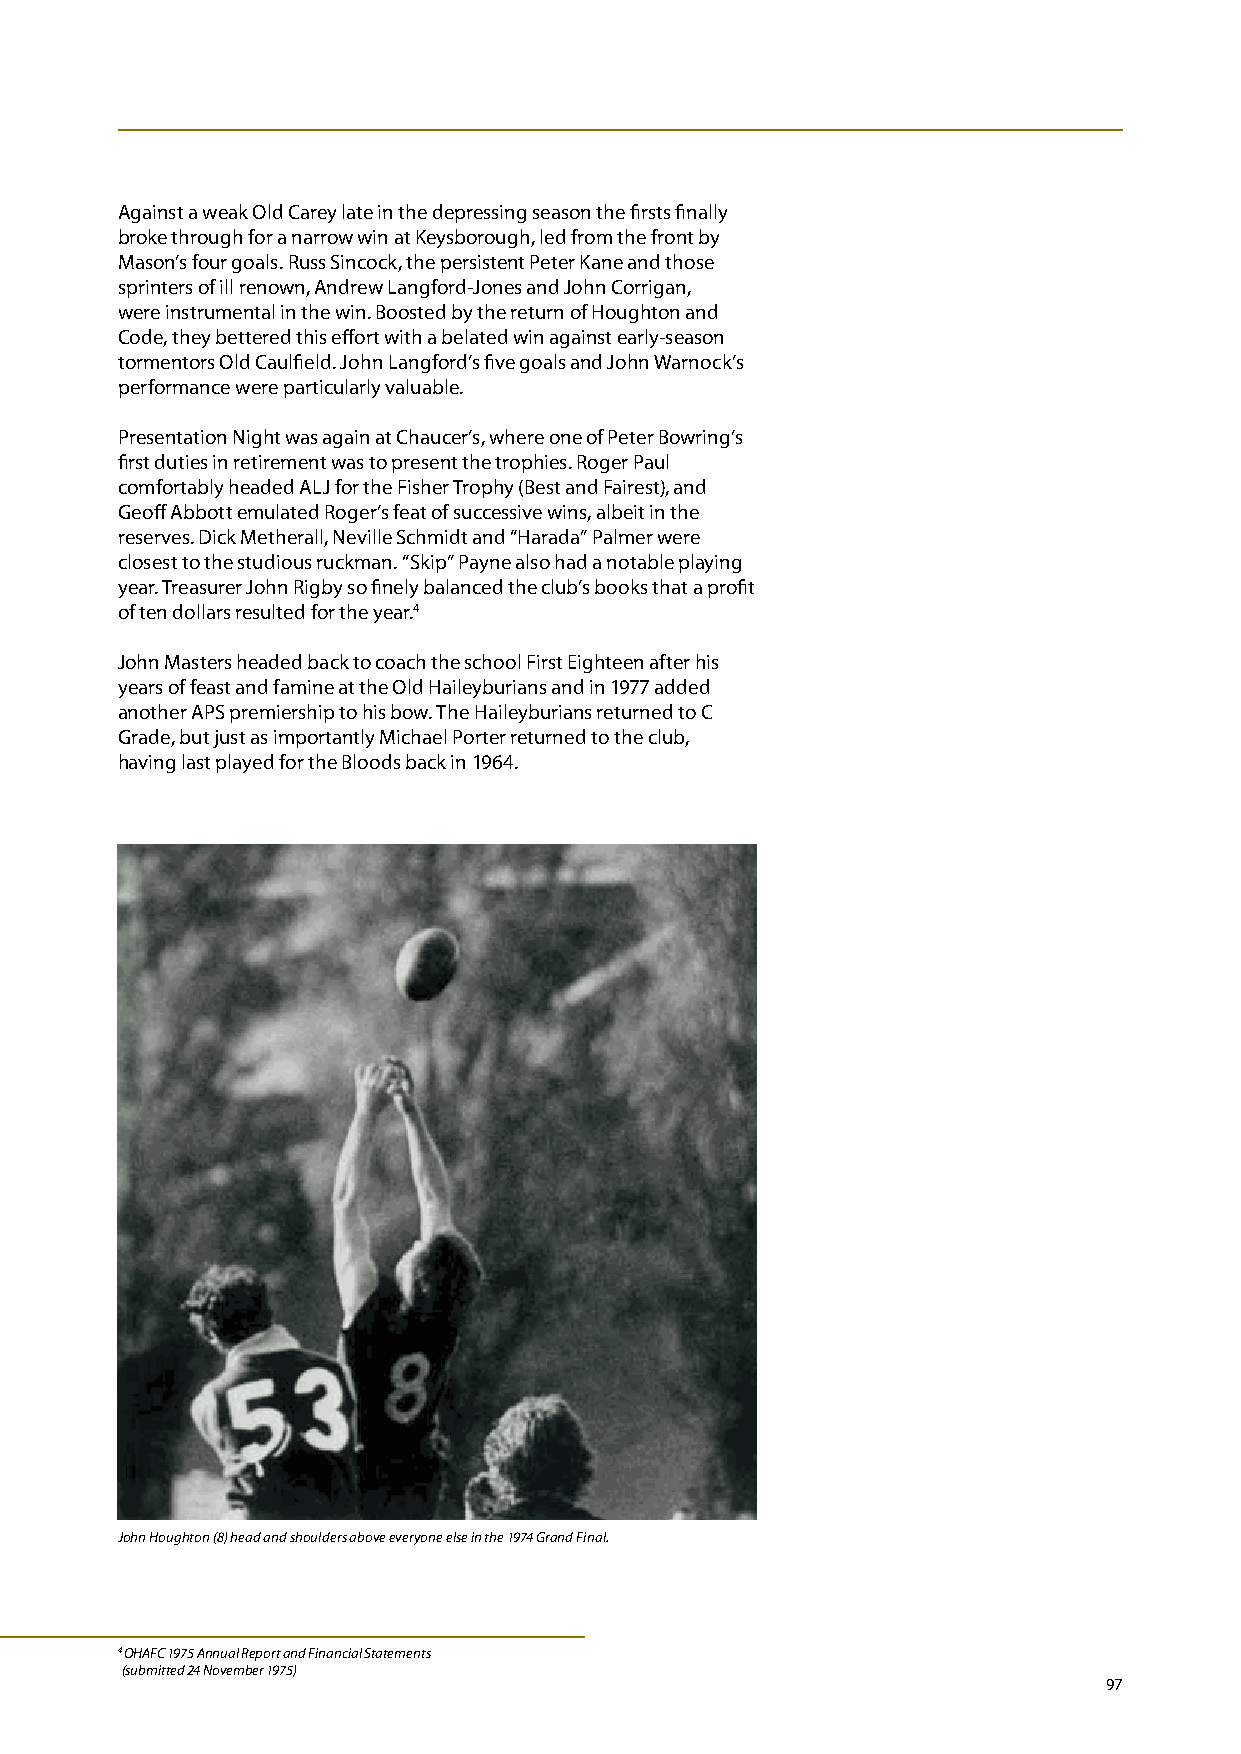
Against a weak Old Carey late in the depressing season the firsts finally
 broke through for a narrow win at Keysborough, led from the front by
 Mason’s four goals. Russ Sincock, the persistent Peter Kane and those
 sprinters of ill renown, Andrew Langford-Jones and John Corrigan,
 were instrumental in the win. Boosted by the return of Houghton and
 Code, they bettered this effort with a belated win against early-season
 tormentors Old Caulfield. John Langford’s five goals and John Warnock’s
 performance were particularly valuable.
 Presentation Night was again at Chaucer’s, where one of Peter Bowring’s
 first duties in retirement was to present the trophies. Roger Paul
 comfortably headed ALJ for the Fisher Trophy (Best and Fairest), and
 Geoff Abbott emulated Roger’s feat of successive wins, albeit in the
 reserves. Dick Metherall, Neville Schmidt and “Harada” Palmer were
 closest to the studious ruckman. “Skip” Payne also had a notable playing
 year. Treasurer John Rigby so finely balanced the club’s books that a profit
 of ten dollars resulted for the year.4
 John Masters headed back to coach the school First Eighteen after his
 years of feast and famine at the Old Haileyburians and in 1977 added
 another APS premiership to his bow. The Haileyburians returned to C
 Grade, but just as importantly Michael Porter returned to the club,
 having last played for the Bloods back in 1964.
 John Houghton (8) head and shoulders above everyone else in the 1974 Grand Final.
 4 OHAFC 1975 Annual Report and Financial Statements
 (submitted 24 November 1975)
 97